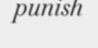
punish